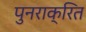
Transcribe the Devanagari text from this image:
पुनराक्रित